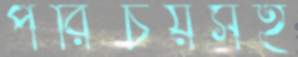
পরিচয়সহ